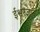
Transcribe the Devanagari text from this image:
ईश्वरज्ञान